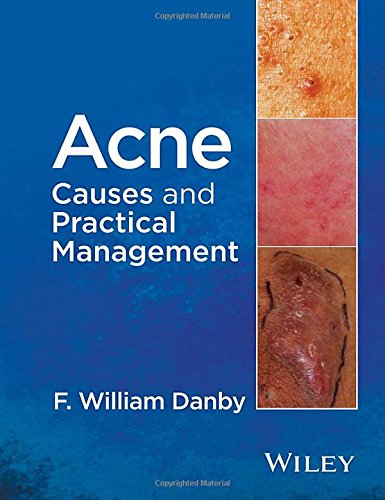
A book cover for Acne: Causes and Practical Management; F. William Danby; Health, Fitness & Dieting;